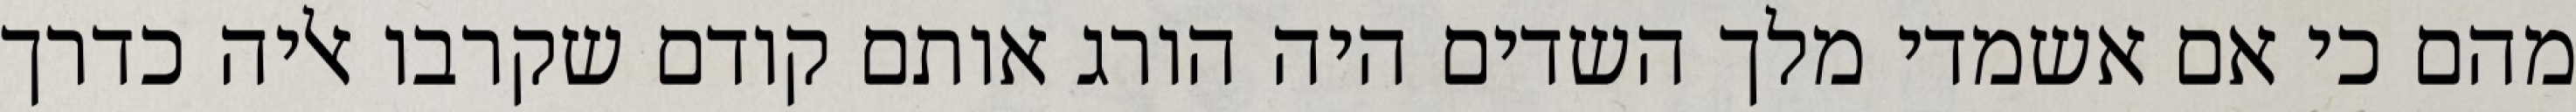
מהם כי אם אשמדי‏ מלך השדים היה הורג אותם קודם שקרבו אליה כדרך